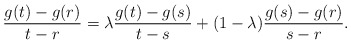
\begin{align*} \frac{g(t)-g(r)}{t-r}=\lambda \frac{g(t)-g(s)}{t-s}+(1-\lambda)\frac{g(s)-g(r)}{s-r} .\end{align*}